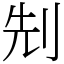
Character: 𠜎